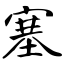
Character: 塞